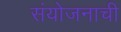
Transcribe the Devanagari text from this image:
संयोजनाची